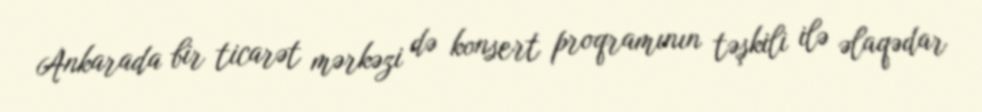
Ankarada bir ticarət mərkəzi də konsert proqramının təşkili ilə əlaqədar